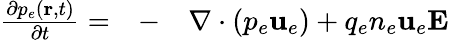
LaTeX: \begin{array}{rlr}{\frac{\partial p_{e}(\textbf{r},t)}{\partial t}=}&{{}-}&{\nabla\cdot(p_{e}\textbf{u}_{e})+q_{e}n_{e}\textbf{u}_{e}\textbf{E}}\end{array}